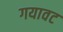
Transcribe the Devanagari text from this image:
गयावट